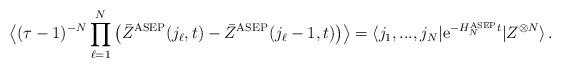
LaTeX: \begin{align*}\big\langle (\tau-1)^{-N}\prod_{\ell=1}^N \big(\bar{Z}^{\rm ASEP}(j_\ell,t) - \bar{Z}^{\rm ASEP}(j_\ell-1,t)\big) \big\rangle = \langle j_1,...,j_N|\mathrm{e}^{-H^{\rm ASEP}_Nt}|Z^{\otimes N}\rangle\,.\end{align*}